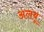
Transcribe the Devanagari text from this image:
अलबू